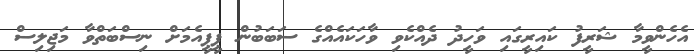
އެހެންވީމާ ޝަރީފު ކައިރީގައި ވަހީދު ދެއްކެވި ވާހަކައެއްގެ ސަބަބުން ޕީޕީއެމަށް ނިސްބަތްވާ މަޖިލިސް